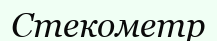
Стекометр